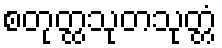
စတုတ္ထသုတသုတ္တံ